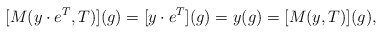
\begin{align*} [M(y \cdot e^T,T)](g) = [y \cdot e^T](g) = y(g) = [M(y,T)](g), \end{align*}